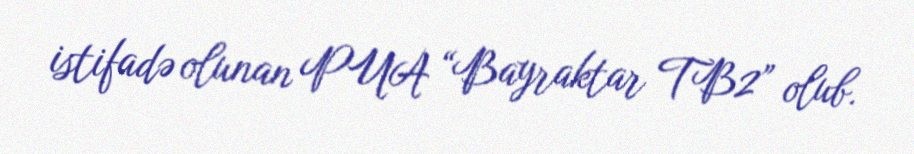
istifadə olunan PUA “Bayraktar TB2” olub.